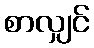
စာလျှင်